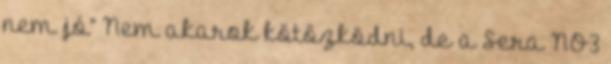
nem jó” Nem akarok kötözködni, de a Sera NO3